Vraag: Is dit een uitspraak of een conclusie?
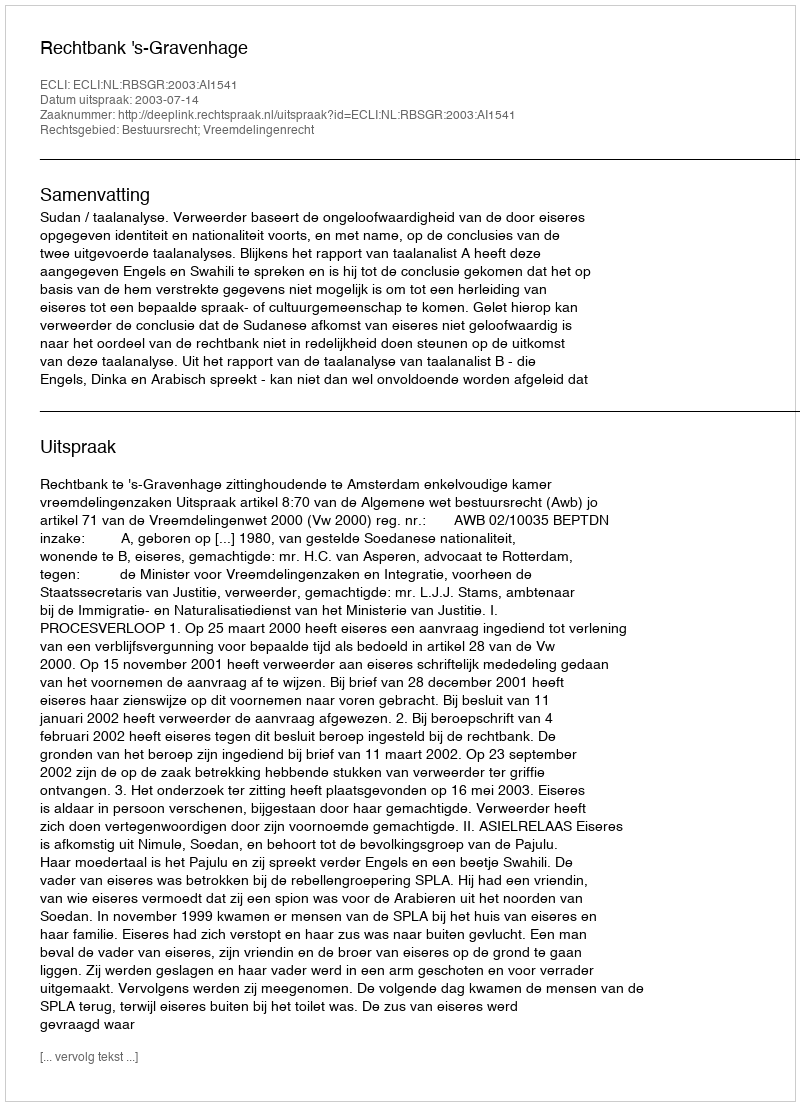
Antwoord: Uitspraak